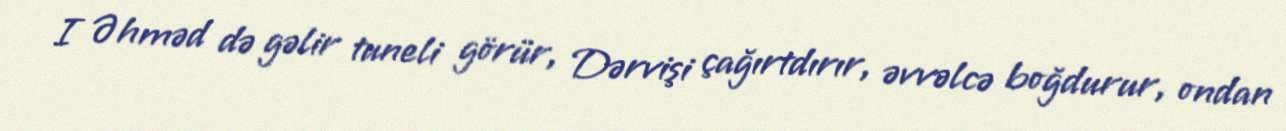
I Əhməd də gəlir tuneli görür, Dərvişi çağırtdırır, əvvəlcə boğdurur, ondan